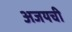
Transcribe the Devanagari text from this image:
अजयची